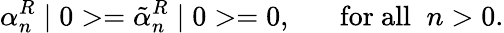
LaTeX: \alpha_{n}^{R}\mid 0>=\tilde{\alpha}_{n}^{R}\mid 0>=0,\; \; \; \; \; \; \mathrm{for~all}\; \; n>0.